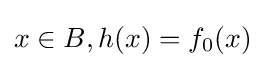
x\in B,h(x)=f_{0}(x)